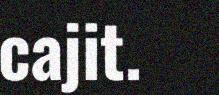
cajit.